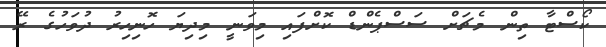
ކޯސްޓާ ތިން މެޗަށް ސަސްޕެންޑް ކޮށްފައި މިވަނީ މިދިޔަ ހޮނިހިރު ދުވަހުގެ ރޭ